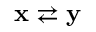
\mathbf x \rightleftarrows \mathbf y